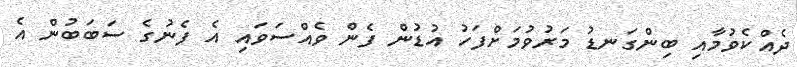
ދެއްކެވުމާއި ބިންގަނޑު މަރުވުމަށްފަހު އުޑުން ފެން ވެއްސަވައި އެ ފެނުގެ ސަބަބުން އެ